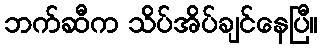
ဘက်ဆီက သိပ်အိပ်ချင်နေပြီ။